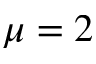
\mu = 2